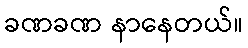
ခဏခဏ နာနေတယ်။